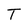
Character: T